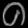
Digit: ၈